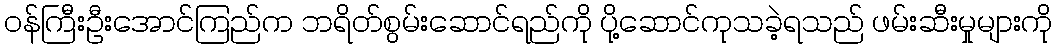
ဝန်ကြီးဦးအောင်ကြည်က ဘရိတ်စွမ်းဆောင်ရည်ကို ပို့ဆောင်ကုသခဲ့ရသည် ဖမ်းဆီးမှုများကို